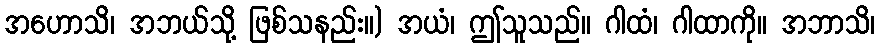
အဟောသိ၊ အဘယ်သို့ ဖြစ်သနည်း။) အယံ၊ ဤသူသည်။ ဂါထံ၊ ဂါထာကို။ အဘာသိ၊